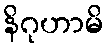
နိဂုဟာမိ